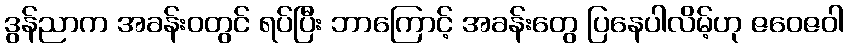
ဒွန်ညာက အခန်းဝတွင် ရပ်ပြီး ဘာကြောင့် အခန်းတွေ ပြနေပါလိမ့်ဟု ဇဝေဇဝါ